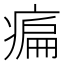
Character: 㾫